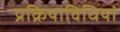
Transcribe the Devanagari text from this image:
प्रक्रियाविधियां